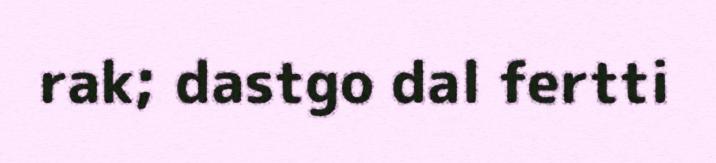
rak; dastgo dal fertti